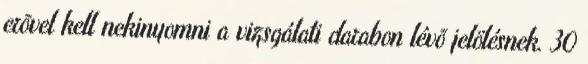
erõvel kell nekinyomni a vizsgálati darabon lévõ jelölésnek. 30